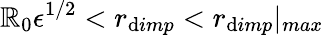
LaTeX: \mathbb{R}_{0}{\epsilon}^{1/2}<r_{\mathrm{d}imp}<r_{\mathrm{d}imp}|_{max}